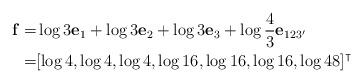
\begin{align*}\mathbf{f}=&\log 3 \mathbf{e}_1+\log 3\mathbf{e}_2+\log 3\mathbf{e}_3+\log \frac{4}{3} \mathbf{e}_{123'}\\=&[\log 4,\log 4,\log 4,\log 16,\log 16,\log 16,\log 48]^\intercal\end{align*}